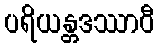
ပရိယန္တဒဿာဝီ